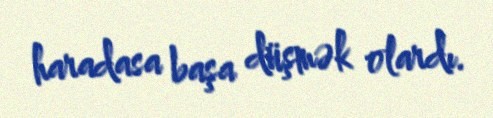
haradasa başa düşmək olardı.